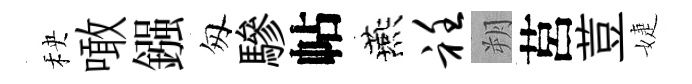
秧噉鏹匆驂帖燕衽朔莒荳婕